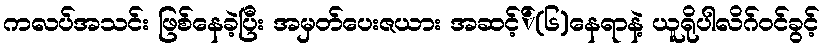
ကလပ်အသင်း ဖြစ်နေခဲ့ပြီး အမှတ်ပေးဇယား အဆင့််(၆)နေရာနဲ့ ယူရိုပါလိဂ်ဝင်ခွင့်